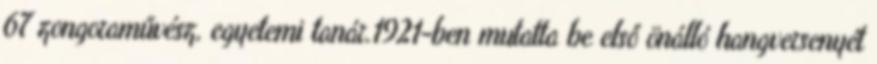
67 zongoraművész, egyetemi tanár.1921-ben mutatta be első önálló hangversenyét